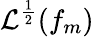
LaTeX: \mathcal{L}^{\frac{1}{2}}(f_{m})